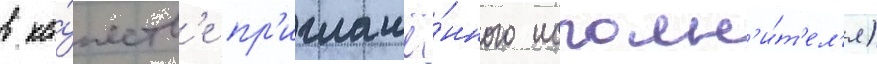
в ка́честв'е пр'иглашё́нного исполн'и́т'ел'я)